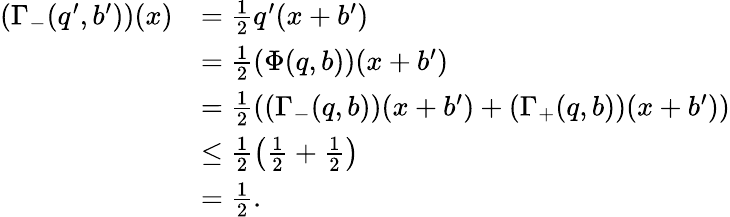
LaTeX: \begin{array}{rl}{(\Gamma_{-}(q^{\prime},b^{\prime}))(x)}&{=\frac 12q^{\prime}(x+b^{\prime})}\\ &{=\frac 12(\Phi(q,b))(x+b^{\prime})}\\ &{=\frac 12((\Gamma_{-}(q,b))(x+b^{\prime})+(\Gamma_{+}(q,b))(x+b^{\prime}))}\\ &{\le\frac 12\left(\frac 12+\frac 12\right)}\\ &{=\frac 12.}\end{array}